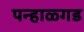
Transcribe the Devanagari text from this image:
पन्हाळ्गड